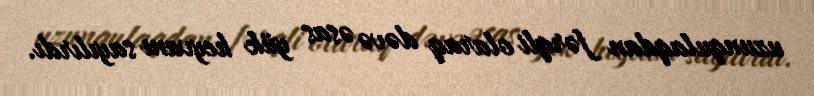
uzunqulaqdan fərqli olaraq dəvə əsas yük heyvanı sayılırdı.